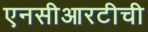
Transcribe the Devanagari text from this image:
एनसीआरटीची